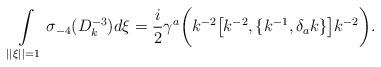
LaTeX: \begin{align*}\int \limits _{||\xi ||=1}\sigma _{-4}(D_{k}^{-3}) d\xi = \frac{i}{2}\gamma ^{a} \biggl( k^{-2} \bigl[ k^{-2} , \{k^{-1}, \delta _{a}k \}\bigr] k^{-2} \biggr).\end{align*}